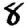
Digit: 8